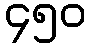
၄၅၀